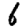
Digit: 6